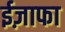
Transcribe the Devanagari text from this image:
ईज़ाफा